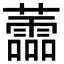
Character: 蘦